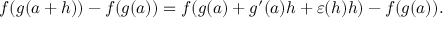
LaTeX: f ( g ( a + h ) ) - f ( g ( a ) ) = f ( g ( a ) + g ^ { \prime } ( a ) h + \varepsilon ( h ) h ) - f ( g ( a ) ) .